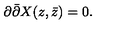
\partial \bar { \partial } X ( z , \bar { z } ) = 0 .